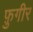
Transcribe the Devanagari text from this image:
फ़ुगीर